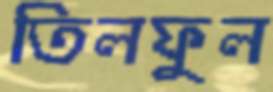
তিলফুল